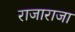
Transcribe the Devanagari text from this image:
राजाराजा